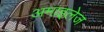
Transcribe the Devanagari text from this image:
अमाइलेज